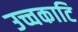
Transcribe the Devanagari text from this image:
उच्चकाटि